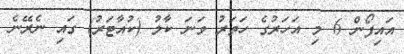
އައިފޯން 6 މި އަހަރުގެ ހަތަރު ވަނަ ކާލު (ކުއާޓަރު) ގައި ނެރޭނެ